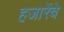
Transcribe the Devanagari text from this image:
हजारेंचे